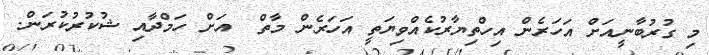
މި ގުރުބާނީއަށް އަހަރެން އިހްތިޔާރުކެއްވިޔަތީ އަހަރެން މާތް  އަށް ހަމްދާއި ޝުކުރުކުރަން.